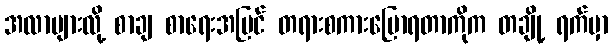
အလာများလို့ စာချ စာရေးအပြင် တရားစကားပြောရတာကိုက တချို့ ရက်မှာ